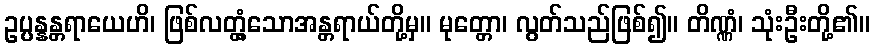
ဥပ္ပန္နန္တရာယေဟိ၊ ဖြစ်လတ္တံ့သောအန္တရာယ်တို့မှ။ မုတ္တော၊ လွတ်သည်ဖြစ်၍။ တိဏ္ဏံ၊ သုံးဦးတို့၏။